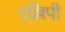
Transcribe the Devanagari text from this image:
एल्लिपी